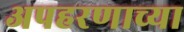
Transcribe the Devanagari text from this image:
अपहरणाच्या